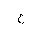
Letter: _ayn